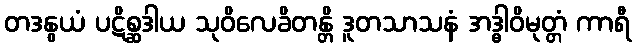
တဒနွယံ ပဋိစ္ဆဒါယ သုဝိလေခိတန္တိ ဒူတသာသနံ အဒ္ဓါဝိမုတ္တံ ကာရီ